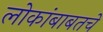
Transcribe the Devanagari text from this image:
लोकांबाबतचे